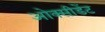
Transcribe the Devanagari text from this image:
ओक्सीडेंट